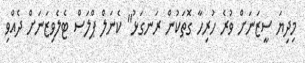
މިދިޔަ ސީޒަނަށް ވުރެ ހުރިހާ ގޮތަކުން ރަނގަޅު" ކެނަލް ޕްލަސް ޓެލެވިޒަނަށް ދެއްވި